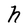
Character: h